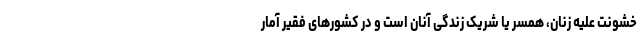
خشونت علیه زنان، همسر یا شریک زندگی آنان است و در کشورهای فقیر آمار